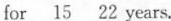
for\underline{15}22 years.